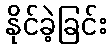
နိုင်ခဲ့ခြင်း